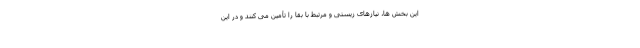
این بخش ها، نیازهای زیستی و مرتبط با بقا را تأمین می کنند و در این